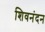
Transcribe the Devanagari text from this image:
शिवनंदन